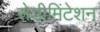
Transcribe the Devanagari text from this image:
सेडीमिंटेशन